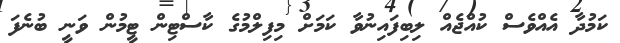
ކަމުދާ އެއްވެސް ކުއްޖެއް ލިބިފައިނުވާ ކަމަށް މިފިލްމުގެ ކާސްޓިން ޓީމުން ވަނީ ބުނެފަ